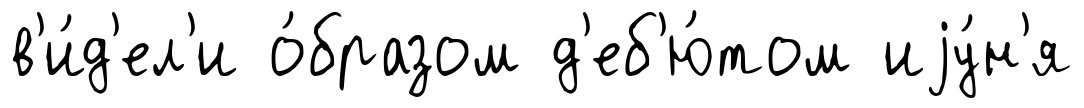
в'и́д'ел'и о́бразом д'еб'ю́том иjу́н'я